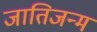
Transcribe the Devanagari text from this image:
जातिजन्म